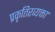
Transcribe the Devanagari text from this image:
प्रकृतिरव्यक्ता